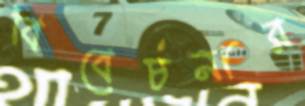
বিবেচনার